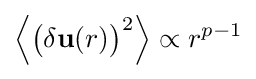
{\Big \langle }{\big (}\delta \mathbf {u} (r){\big )}^{2}{\Big \rangle }\propto r^{p-1}